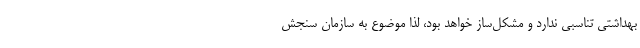
بهداشتی تناسبی ندارد و مشکل‌ساز خواهد بود، لذا موضوع به سازمان سنجش